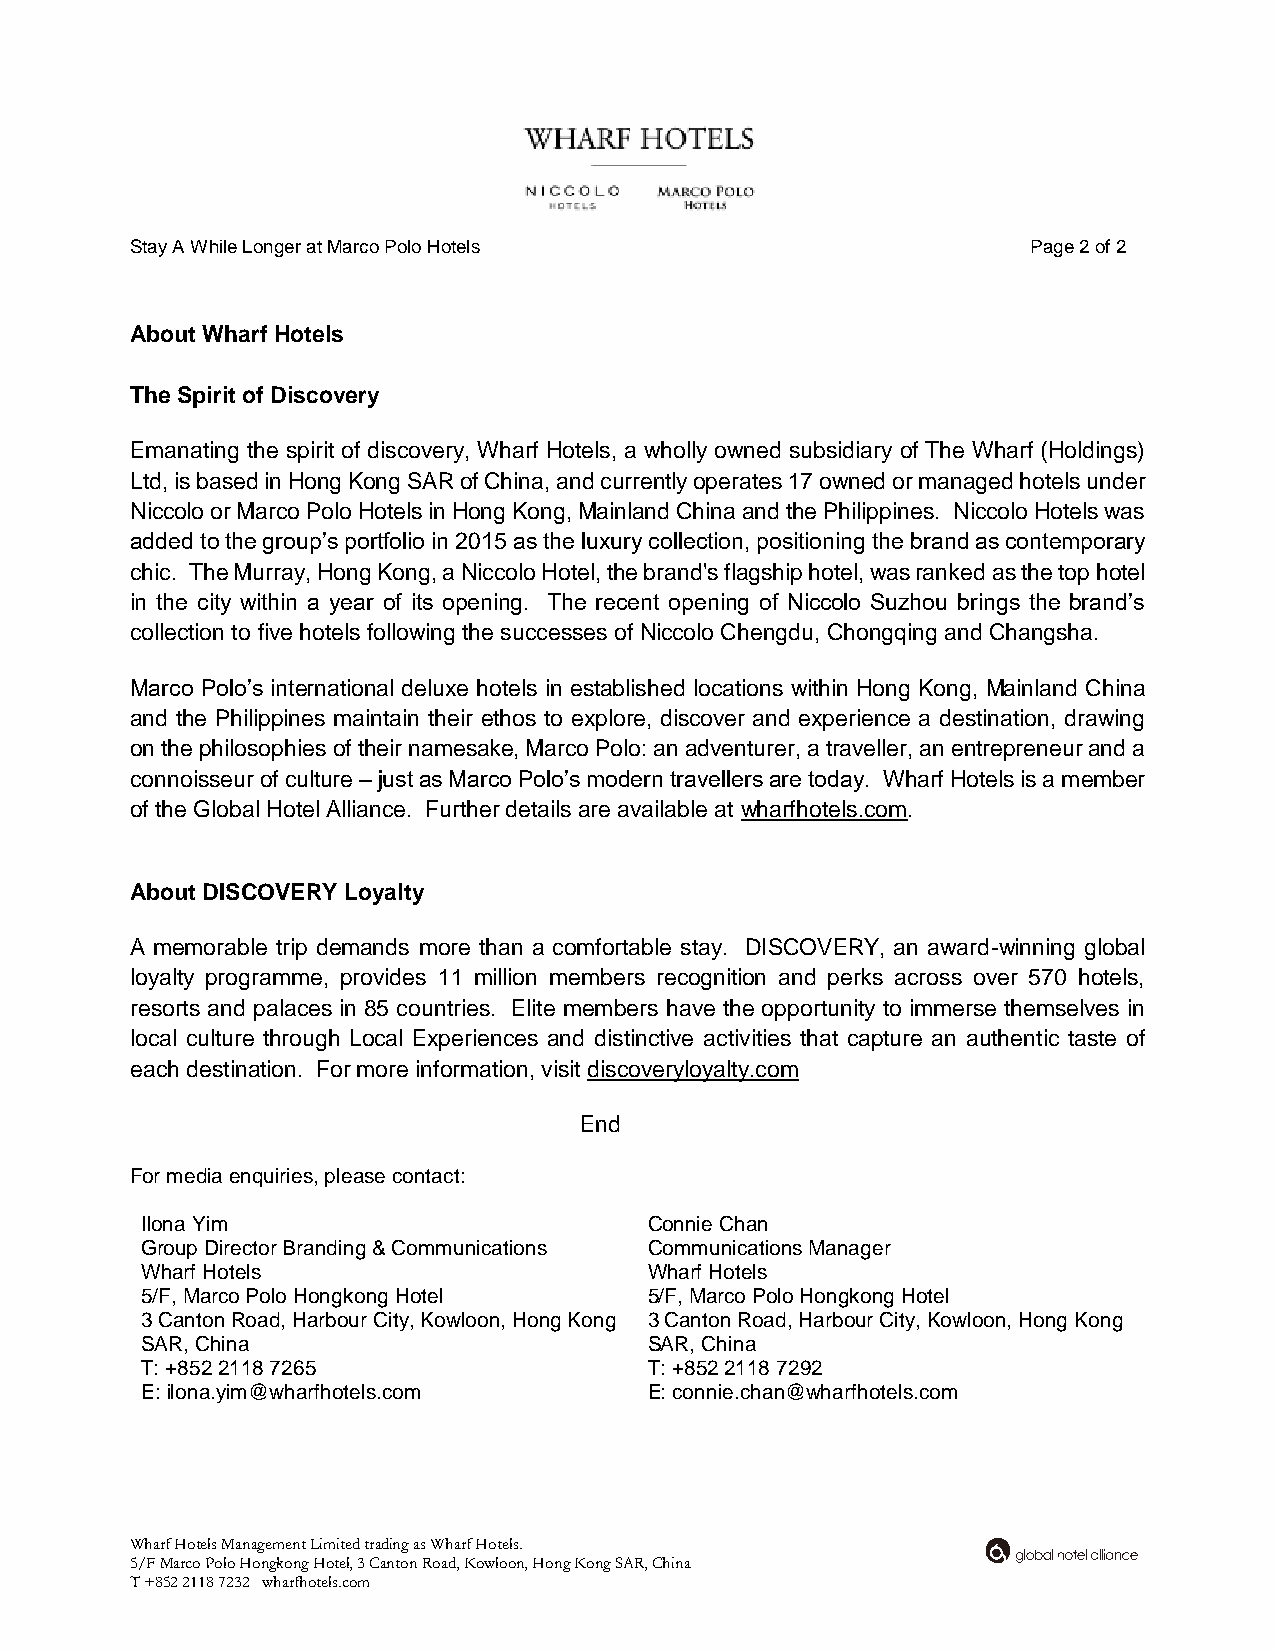
Stay A While Longer at Marco Polo Hotels                   Page 2 of 2
 About Wharf Hotels
 The Spirit of Discovery
 Emanating the spirit of discovery, Wharf Hotels, a wholly owned subsidiary of The Wharf (Holdings)
 Ltd, is based in Hong Kong SAR of China, and currently operates 17 owned or managed hotels under
 Niccolo or Marco Polo Hotels in Hong Kong, Mainland China and the Philippines. Niccolo Hotels was
 added to the group’s portfolio in 2015 as the luxury collection, positioning the brand as contemporary
 chic. The Murray, Hong Kong, a Niccolo Hotel, the brand's flagship hotel, was ranked as the top hotel
 in the city within a year of its opening. The recent opening of Niccolo Suzhou brings the brand’s
 collection to five hotels following the successes of Niccolo Chengdu, Chongqing and Changsha.
 Marco Polo’s international deluxe hotels in established locations within Hong Kong, Mainland China
 and the Philippines maintain their ethos to explore, discover and experience a destination, drawing
 on the philosophies of their namesake, Marco Polo: an adventurer, a traveller, an entrepreneur and a
 connoisseur of culture – just as Marco Polo’s modern travellers are today. Wharf Hotels is a member
 of the Global Hotel Alliance. Further details are available at wharfhotels.com.
 About DISCOVERY Loyalty
 A memorable trip demands more than a comfortable stay. DISCOVERY, an award-winning global
 loyalty programme, provides 11 million members recognition and perks across over 570 hotels,
 resorts and palaces in 85 countries. Elite members have the opportunity to immerse themselves in
 local culture through Local Experiences and distinctive activities that capture an authentic taste of
 each destination. For more information, visit discoveryloyalty.com
 End
 For media enquiries, please contact:
 Ilona Yim                         Connie Chan
 Group Director Branding & Communications Communications Manager
 Wharf Hotels                      Wharf Hotels
 5/F, Marco Polo Hongkong Hotel    5/F, Marco Polo Hongkong Hotel
 3 Canton Road, Harbour City, Kowloon, Hong Kong 3 Canton Road, Harbour City, Kowloon, Hong Kong
 SAR, China                        SAR, China
 T: +852 2118 7265                 T: +852 2118 7292
 E: ilona.yim@wharfhotels.com      E: connie.chan@wharfhotels.com
 Wharf Hotels Management Limited trading as Wharf Hotels.
 5/F Marco Polo Hongkong Hotel, 3 Canton Road, Kowloon, Hong Kong SAR, China
 T +852 2118 7232 wharfhotels.com